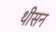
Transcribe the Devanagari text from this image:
थीसन